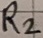
Text: R2